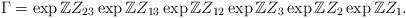
LaTeX: \begin{align*}\Gamma=\exp\mathbb{Z}Z_{23}\exp\mathbb{Z}Z_{13}\exp\mathbb{Z}Z_{12}\exp\mathbb{Z}Z_{3}\exp\mathbb{Z}Z_{2}\exp\mathbb{Z}Z_{1}.\end{align*}